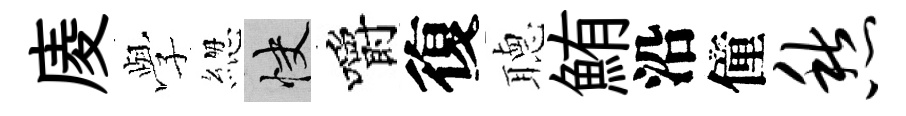
庱𫝯緫快嚼復𦗟鮪沿僮愁